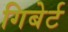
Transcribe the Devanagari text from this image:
गिबेर्ट